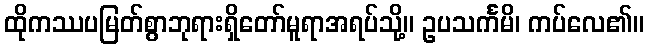
ထိုကဿပမြတ်စွာဘုရားရှိတော်မူရာအရပ်သို့။ ဥပသင်္ကမိ၊ ကပ်လေ၏။